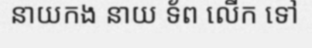
នាយកង នាយ ទ័ព លើក ទៅ